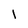
Character: l